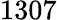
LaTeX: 1307